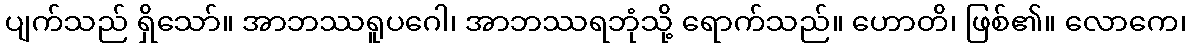
ပျက်သည် ရှိသော်။ အာဘဿရူပဂေါ၊ အာဘဿရဘုံသို့ ရောက်သည်။ ဟောတိ၊ ဖြစ်၏။ လောကေ၊